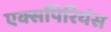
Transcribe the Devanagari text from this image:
एक्सपिरियंस